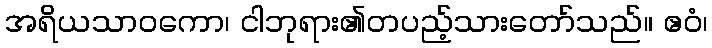
အရိယသာဝကော၊ ငါဘုရား၏တပည့်သားတော်သည်။ ဧဝံ၊